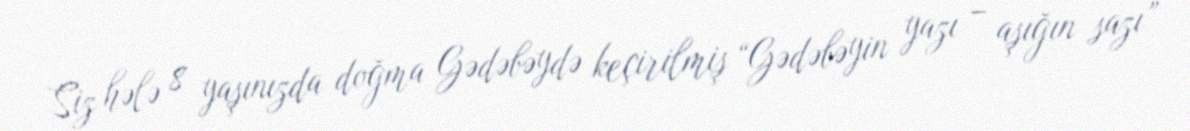
Siz hələ 8 yaşınızda doğma Gədəbəydə keçirilmiş “Gədəbəyin yazı – aşığın sazı”